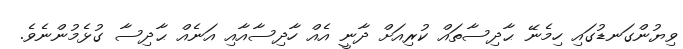
ވިޔުންގަނޑުގައި ހިމެނޭ ޙާދިސާތައް ކުރިއަށް ދާނީ އެއް ހާދިސާއާއި އަނެއް ޙާދިސާ ގުޅެމުންނެވެ.